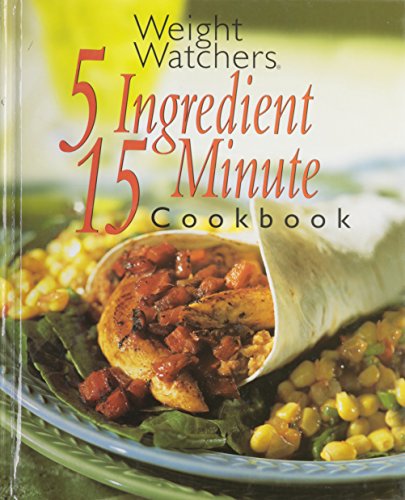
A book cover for Weight Watchers 5 Ingredient 15 Minute Cookbook; Weight Watchers; Health, Fitness & Dieting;